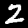
Digit: 2